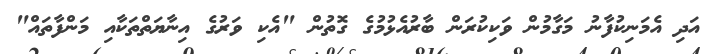
އަދި އެމަނިކުފާނު މަގާމުން ވަކިކުރަން ބާރުއެޅުމުގެ ގޮތުން "އެކި ވަރުގެ އިނާޔަތްތަކާއި މަންފާތައް"